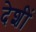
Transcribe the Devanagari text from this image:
देशीं